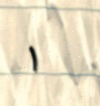
١